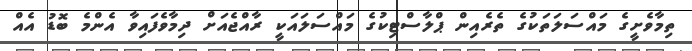
ތިމާވެށީގެ މައްސަލަތަކުގެ ތެރެއިން ޕްލާސްޓިކުގެ މައްސަލައަކީ ރާއްޖެއަށް ދިމާވެފައިވާ އެންމެ ބޮޑު އެއް